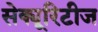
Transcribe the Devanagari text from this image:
सेक्यूरिटीज